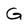
Character: G